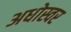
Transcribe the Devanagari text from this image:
अधोस्वर